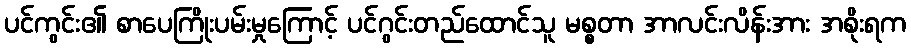
ပင်ကွင်း၏ စာပေကြိုးပမ်းမှုကြောင့် ပင်ဂွင်းတည်ထောင်သူ မစ္စတာ အာလင်းလိန်းအား အစိုးရက